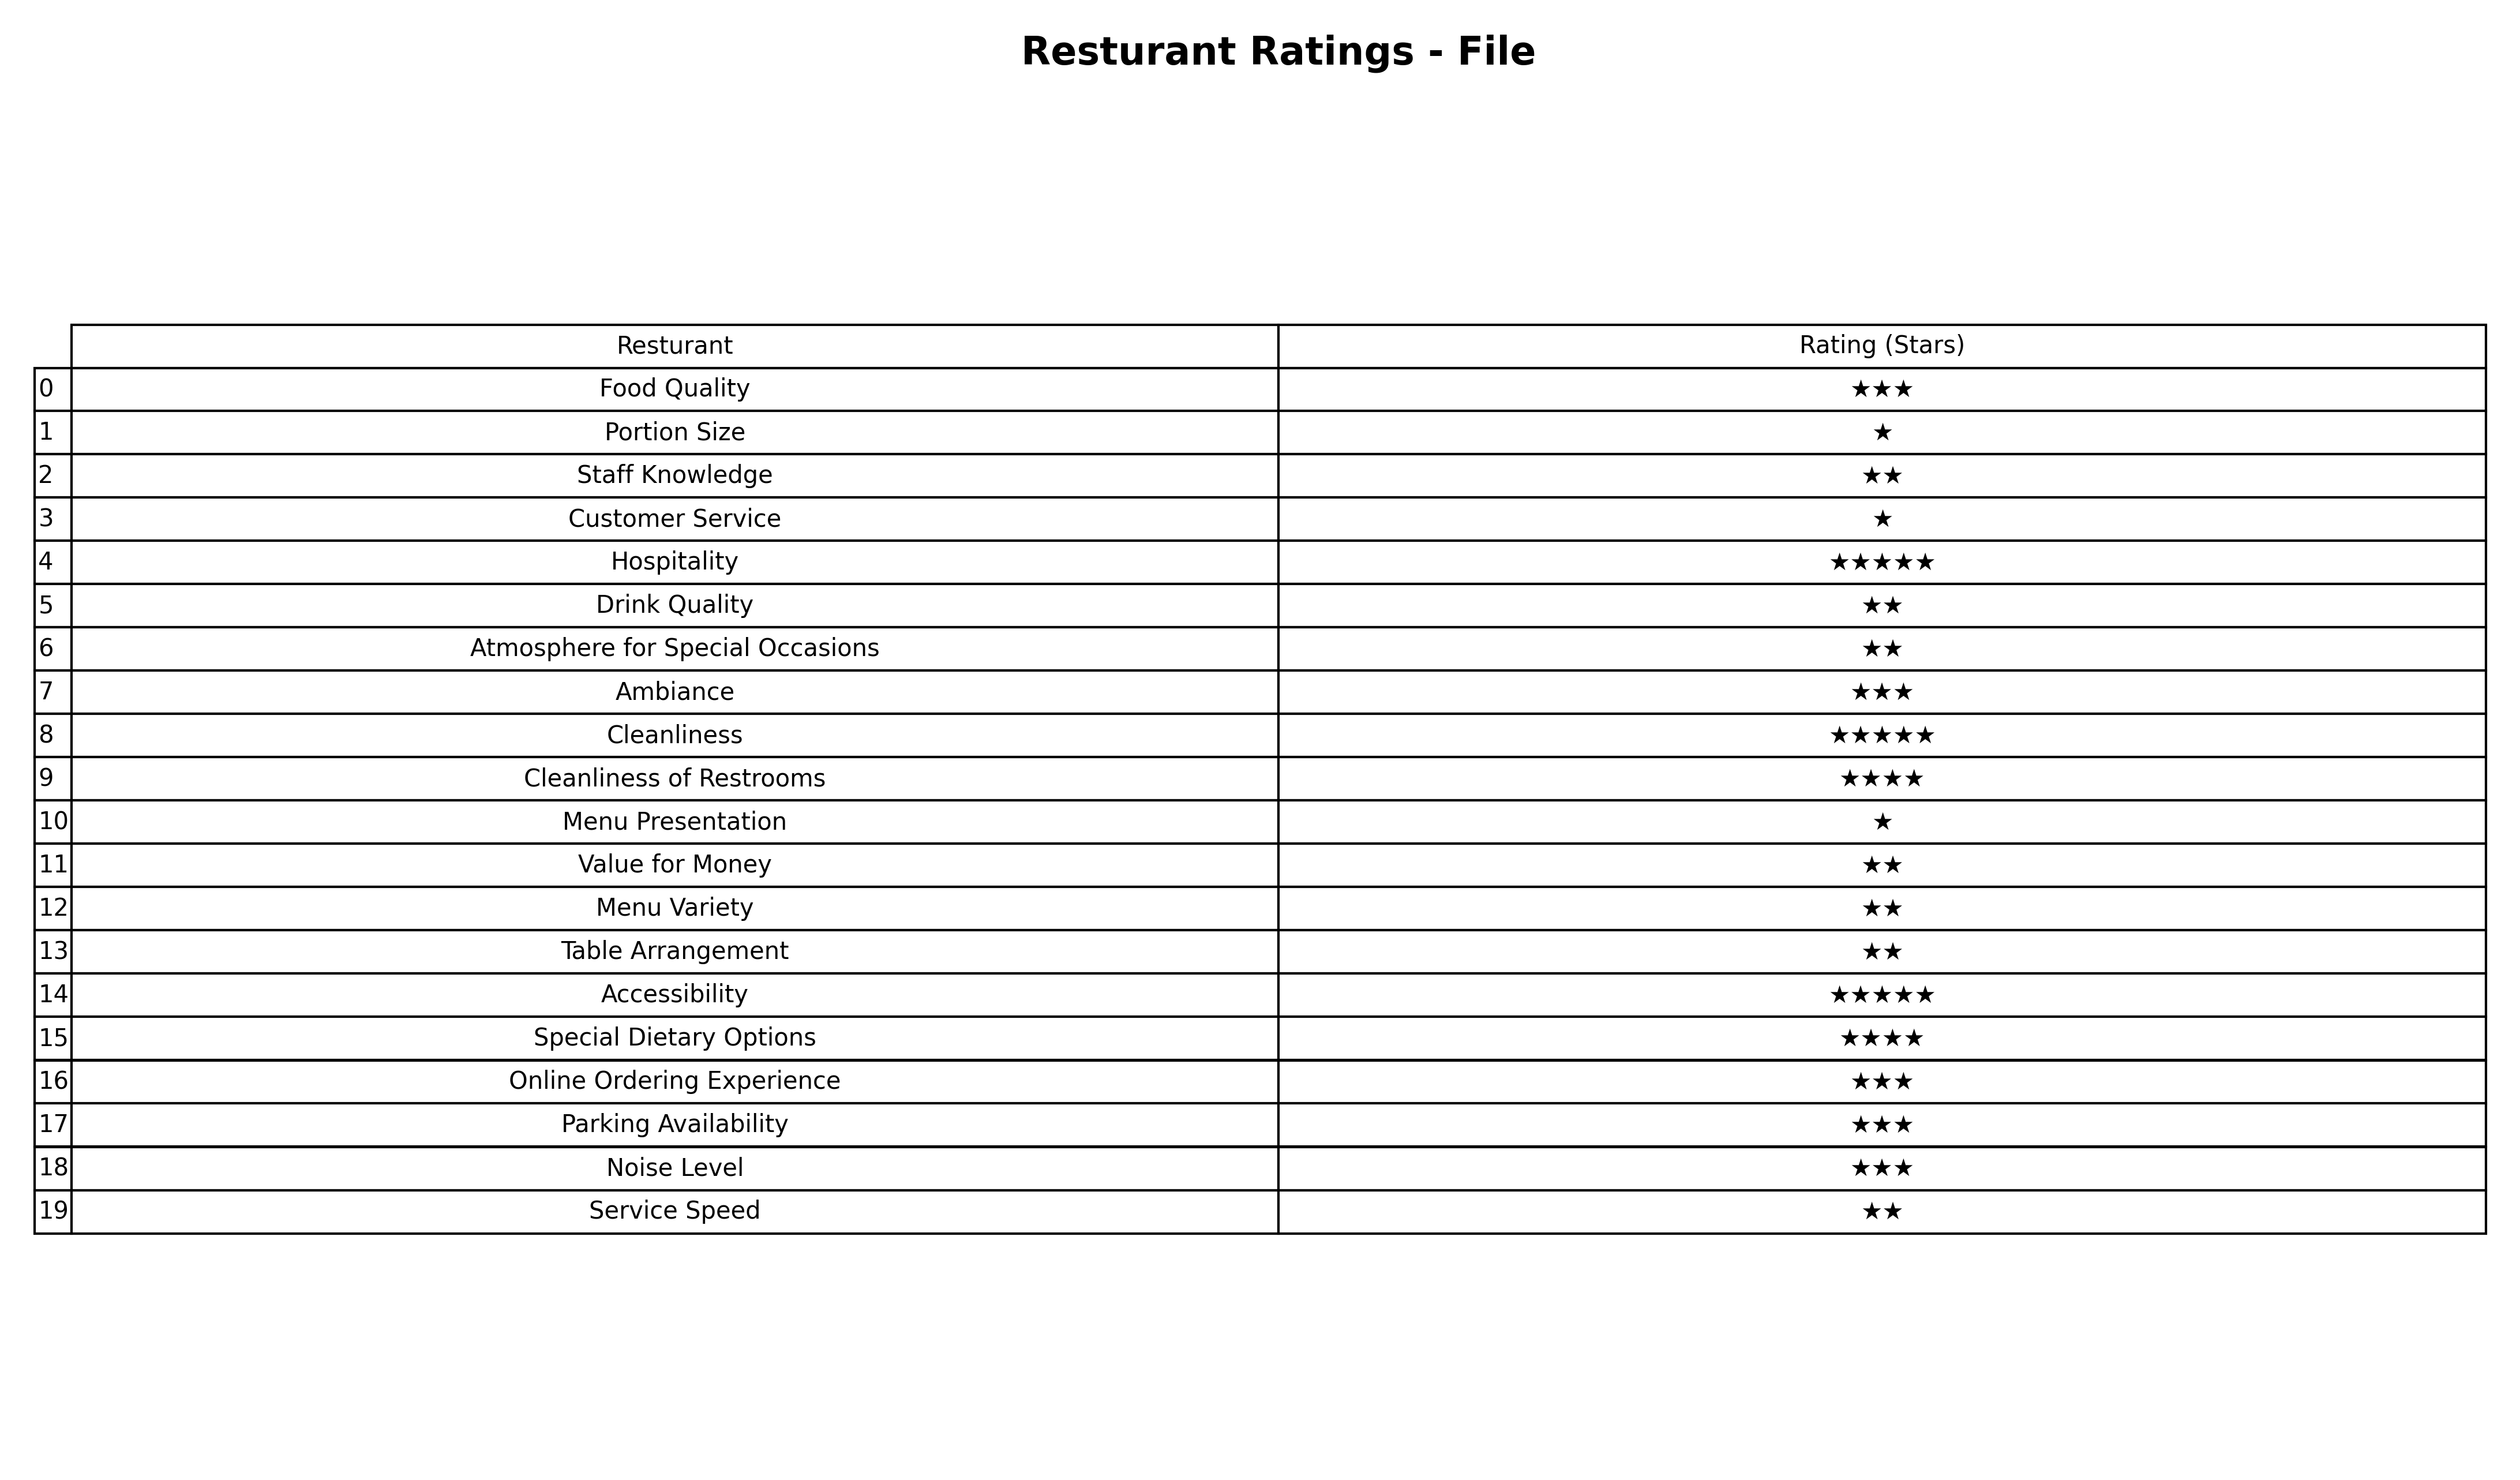
question: What are two star services?
answer: Staff KnowledgeDrink QualityAtmosphere for Special OccasionsValue for MoneyMenu VarietyTable ArrangementService Speed